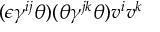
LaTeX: ( \epsilon \gamma ^ { i j } \theta ) ( \theta \gamma ^ { j k } \theta ) v ^ { i } v ^ { k }